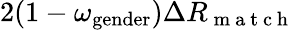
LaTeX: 2(1-\omega_{\mathrm{gender}})\Delta R_{\mathrm{~m~a~t~c~h~}}